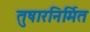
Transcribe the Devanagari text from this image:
तुषारनिर्मित